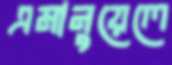
এমানুয়েলে